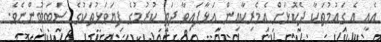
އެއީ އެ ގައުމުތަކާ ދެކޮޅަށް އެމެރިކާއިން އަޅާފައިވާ ދަތި ކުރުމުގެ ފިޔަވަޅުތަކުގެ ސަބަބުންނެވެ.